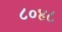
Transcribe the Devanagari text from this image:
८०४८